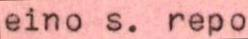
eino s. repo